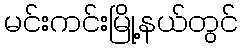
မင်းကင်းမြို့နယ်တွင်